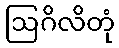
ဩဂိလိတုံ